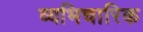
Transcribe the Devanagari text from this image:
व्यभिचारिक